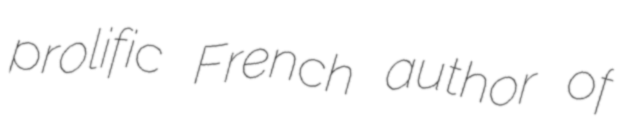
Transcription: prolific French author of